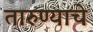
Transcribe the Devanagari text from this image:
तारुण्याचे